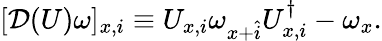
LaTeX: [{\cal D}(U)\omega]_{x,i}\equiv U_{x,i}\omega_{x+\hat{i}}U_{x,i}^{\dagger}-\omega_{x}.